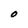
Character: O